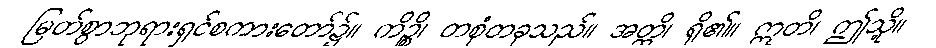
မြတ်စွာဘုရားရှင်စကားတော်၌။ ကိဉ္စိ၊ တစုံတခုသည်။ အတ္ထိ၊ ရှိ၏။ ဣတိ၊ ဤသို့။